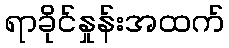
ရာခိုင်နှုန်းအထက်